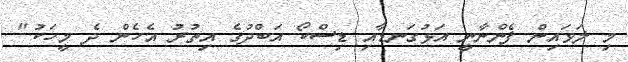
މި ލަވައިން ފެންނާނީ އަޅުގަނޑާއި ޑިސްކޯ އަބްދުގެ އިތުރު އެހެން ދެ މީހަކު."